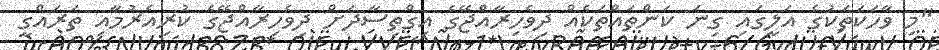
"މި ވާހަކަތަކުގެ އަލީގައި ގިނަ ކަންތައްތަކެއް ދިވެހިރާއްޖޭގެ އިގްތިސާދަށް ދިވެހިރާއްޖޭގެ ކުރިއެރުމާއި ތަރައްގީ